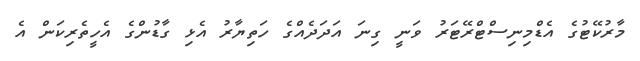
މާރުކޭޓުގެ އެޑްމިނިސްޓްރޭޓަރު ވަނީ ގިނަ އަދަދެއްގެ ހަތިޔާރު އެޅި ގާޑުންގެ އެހީތެރިކަން އެ